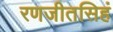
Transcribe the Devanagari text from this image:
रणजीतसिहं